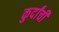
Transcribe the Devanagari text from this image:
कुर्दांची